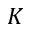
K